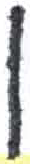
אות: ן